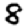
Digit: 8